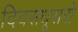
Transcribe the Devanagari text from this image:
दिवसधूसरो